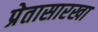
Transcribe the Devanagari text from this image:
प्रेतासारखा